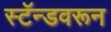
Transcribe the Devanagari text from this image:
स्टॅन्डवरून